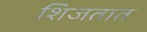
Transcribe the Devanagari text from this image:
शिजतात